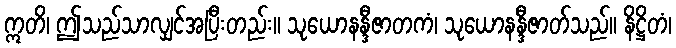
ဣတိ၊ ဤသည်သာလျှင်အပြီးတည်း။ သုယောနန္ဒီဇာတကံ၊ သုယောနန္ဒီဇာတ်သည်။ နိဋ္ဌိတံ၊